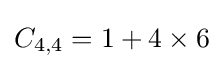
C_{4,4}=1+4\times 6